Papers set at the Examination for Leaving Certificates, 1894
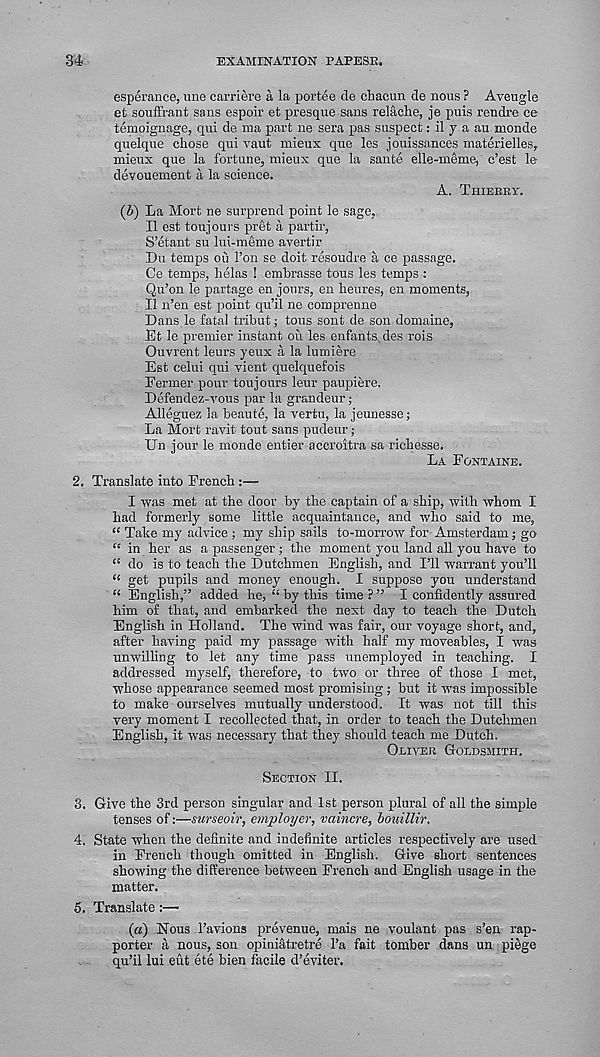
34
EXAMINATION TAPESE.
esperance, nne carriere a la portee de chacun de nous ? Aveugle
et souffrant sans espoir et presque sans relache, je i^uis rendre ce
temoignage, qui de ma part ne sera pas suspect: il y a au monde
quelque chose qui vaut mieux que les jouissances materielles,
mieux que la fortune, mieux que la saute elle-meme, c’est le
devouement a la science.
A. Thierry.
(b) La Mort ne surprend point le sage,
II est toujours pret a partir,
S’etant su lui-meme avertir
Du temps oii Ton se doit resoudre a ce passage.
Ce temps, helas ! embrasse tous les temps :
Qu’on le partage en jours, en heures, en moments,
II n’en est point qu’il ne comprenne
Dans le fatal tribut; tous sont de son domaine,
JEt le premier instant ou les enfants. des rois
Ouvrent leurs yeux a la lumiere
Est celui qui vient quelquefois
Eermer pour toujours leur paupiere.
Defendez-i'ous par la grandeur;
Alleguez la beaute, la vertu, la jeunesse;
La Mort ravit tout sans pudeur;
Un jour le monde entier accroitra sa richesse.
La Fontaine.
2. Translate into French :—
I was met at the door by the captain of a ship, with whom I
had formerly some little acquaintance, and who said to me,
“ Take my advice ; my ship sails to-morrow for Amsterdam; go
“ in her as a passenger; the moment you land all you have to
“ do is to teach the Dutchmen English, and I’ll warrant you’ll
“ get pupils and money enough. I suppose you understand
“ English,” added he, “ by this time ? ” I confidently assured
him of that, and embarked the next day to teach the Dutch
English in Holland. The wind was fair, our voyage short, and,
after having paid my passage with half my moveables, I was
unwilling to let any time pass unemployed in teaching. I
addressed myself, therefore, to two or three of those I met,
whose appearance seemed most promising ; but it was impossible
to make ourselves mutually understood. It was not till this
very moment I recollected that, in order to teach the Dutchmen
English, it was necessary that they should teach me Dutch.
Oliver Goldsmith,
Section II.
3. Give the 3rd person singular and 1st person plural of all the simple
tenses of:—surseoir, employer, vaincre, bouillir.
4. State when the definite and indefinite articles respectively are used
in French though omitted in English. Give short sentences
showing the difference between French and English usage in the
matter.
5. Translate:—
(a) .Nous 1’avions prevenue, mais ne voulant pas s’en rap-
porter a nous, son opiniatretre l’a fait tomber dans un piege
qu’il lui eut ete bien facile d’eviter.